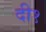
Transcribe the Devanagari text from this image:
दी१